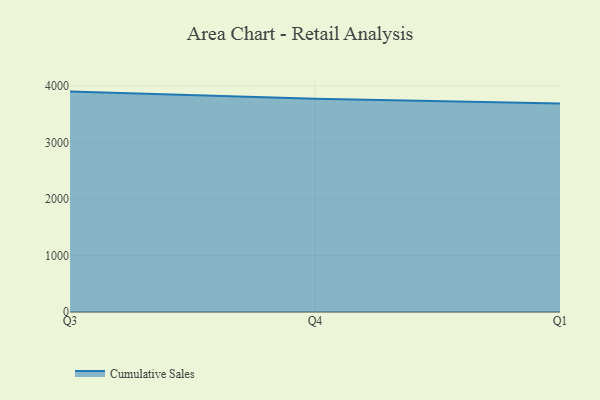
{"axis": {"x": "Quarter", "y": "Tickets Resolved"}, "legend": ["Cumulative Sales"], "data": [{"x": "Q3", "y": 3900.1, "type": "Cumulative Sales"}, {"x": "Q4", "y": 3772.8, "type": "Cumulative Sales"}, {"x": "Q1", "y": 3689.9, "type": "Cumulative Sales"}]}